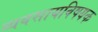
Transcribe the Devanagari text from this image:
व्यवसायविषयक